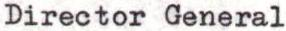
Director General